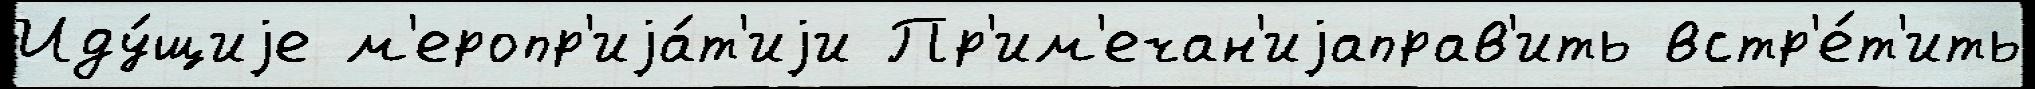
Иду́щиjе м'еропр'иjа́т'иjи Пр'им'ечан'иjаправ'ить встр'е́т'ить